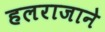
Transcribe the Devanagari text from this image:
हलराजाने